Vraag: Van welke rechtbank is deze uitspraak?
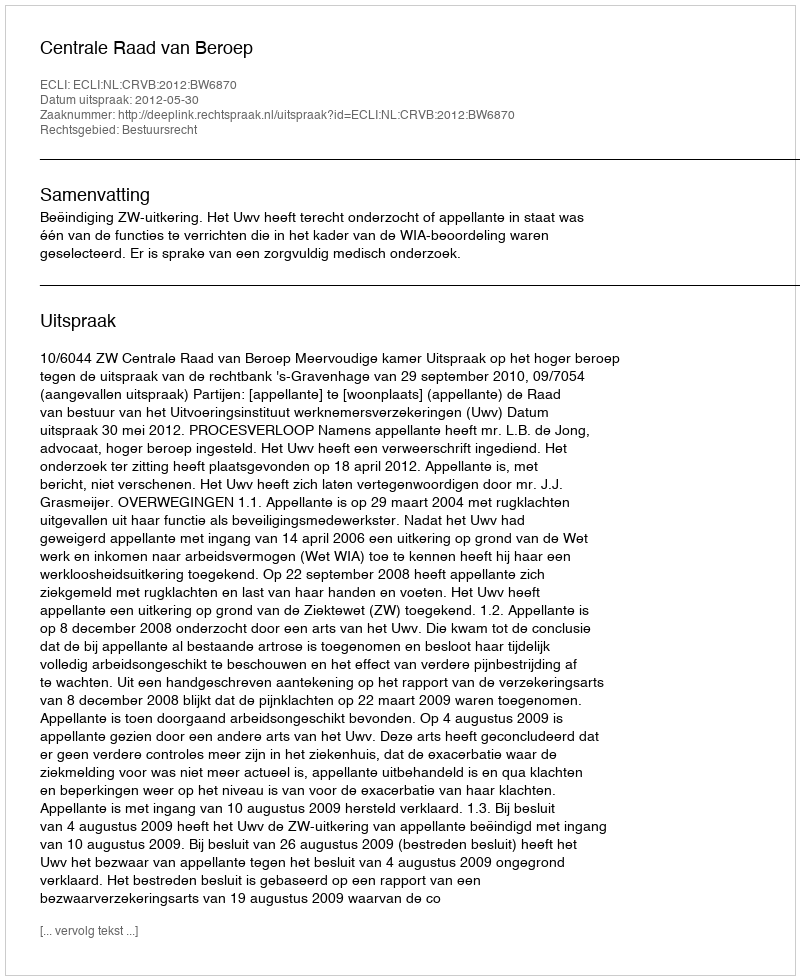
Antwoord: Centrale Raad van Beroep